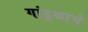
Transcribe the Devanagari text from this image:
गांडूळाचे